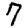
Digit: 7